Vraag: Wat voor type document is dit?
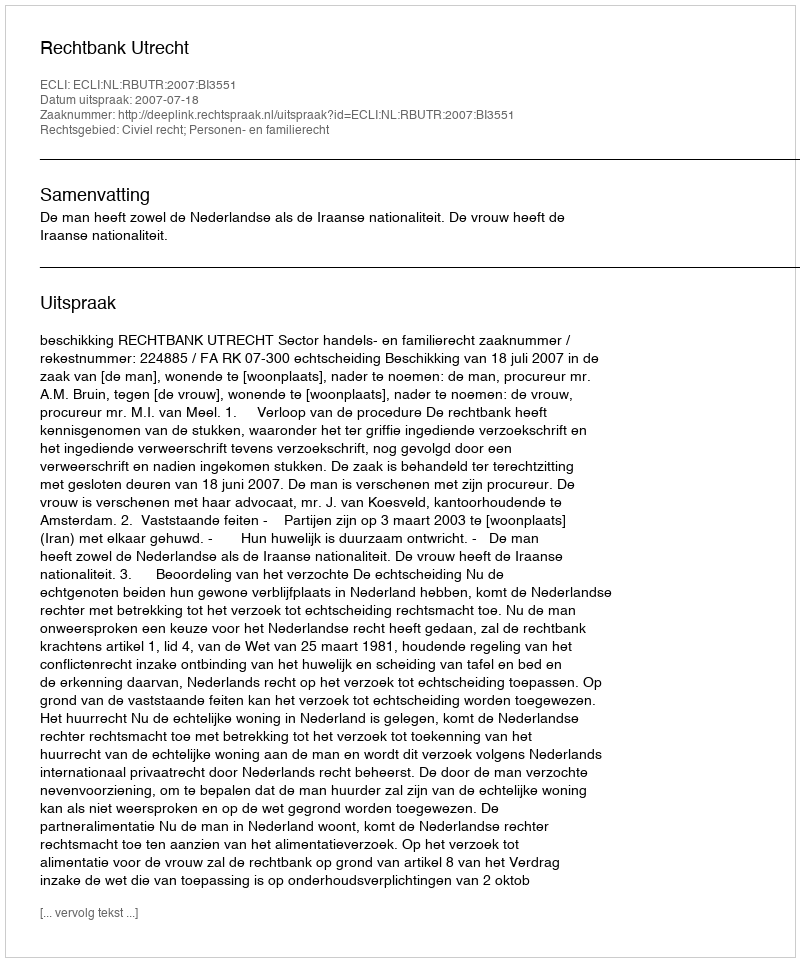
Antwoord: Uitspraak